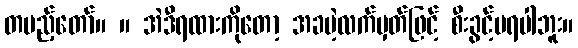
တပည့်တော်။ ။ အဲဒီရထားကိုတော့ အခမဲ့လက်မှတ်ဖြင့် စီးခွင့်မရပါဘူး။